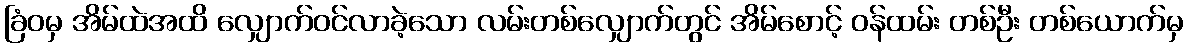
ခြံဝမှ အိမ်ထဲအထိ လျှောက်ဝင်လာခဲ့သော လမ်းတစ်လျှောက်တွင် အိမ်စောင့် ဝန်ထမ်း တစ်ဦး တစ်ယောက်မှ